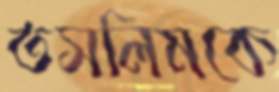
তসলিমকে